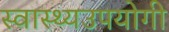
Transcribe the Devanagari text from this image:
स्वास्थ्यउपयोगी